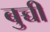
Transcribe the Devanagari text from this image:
बुच्ची